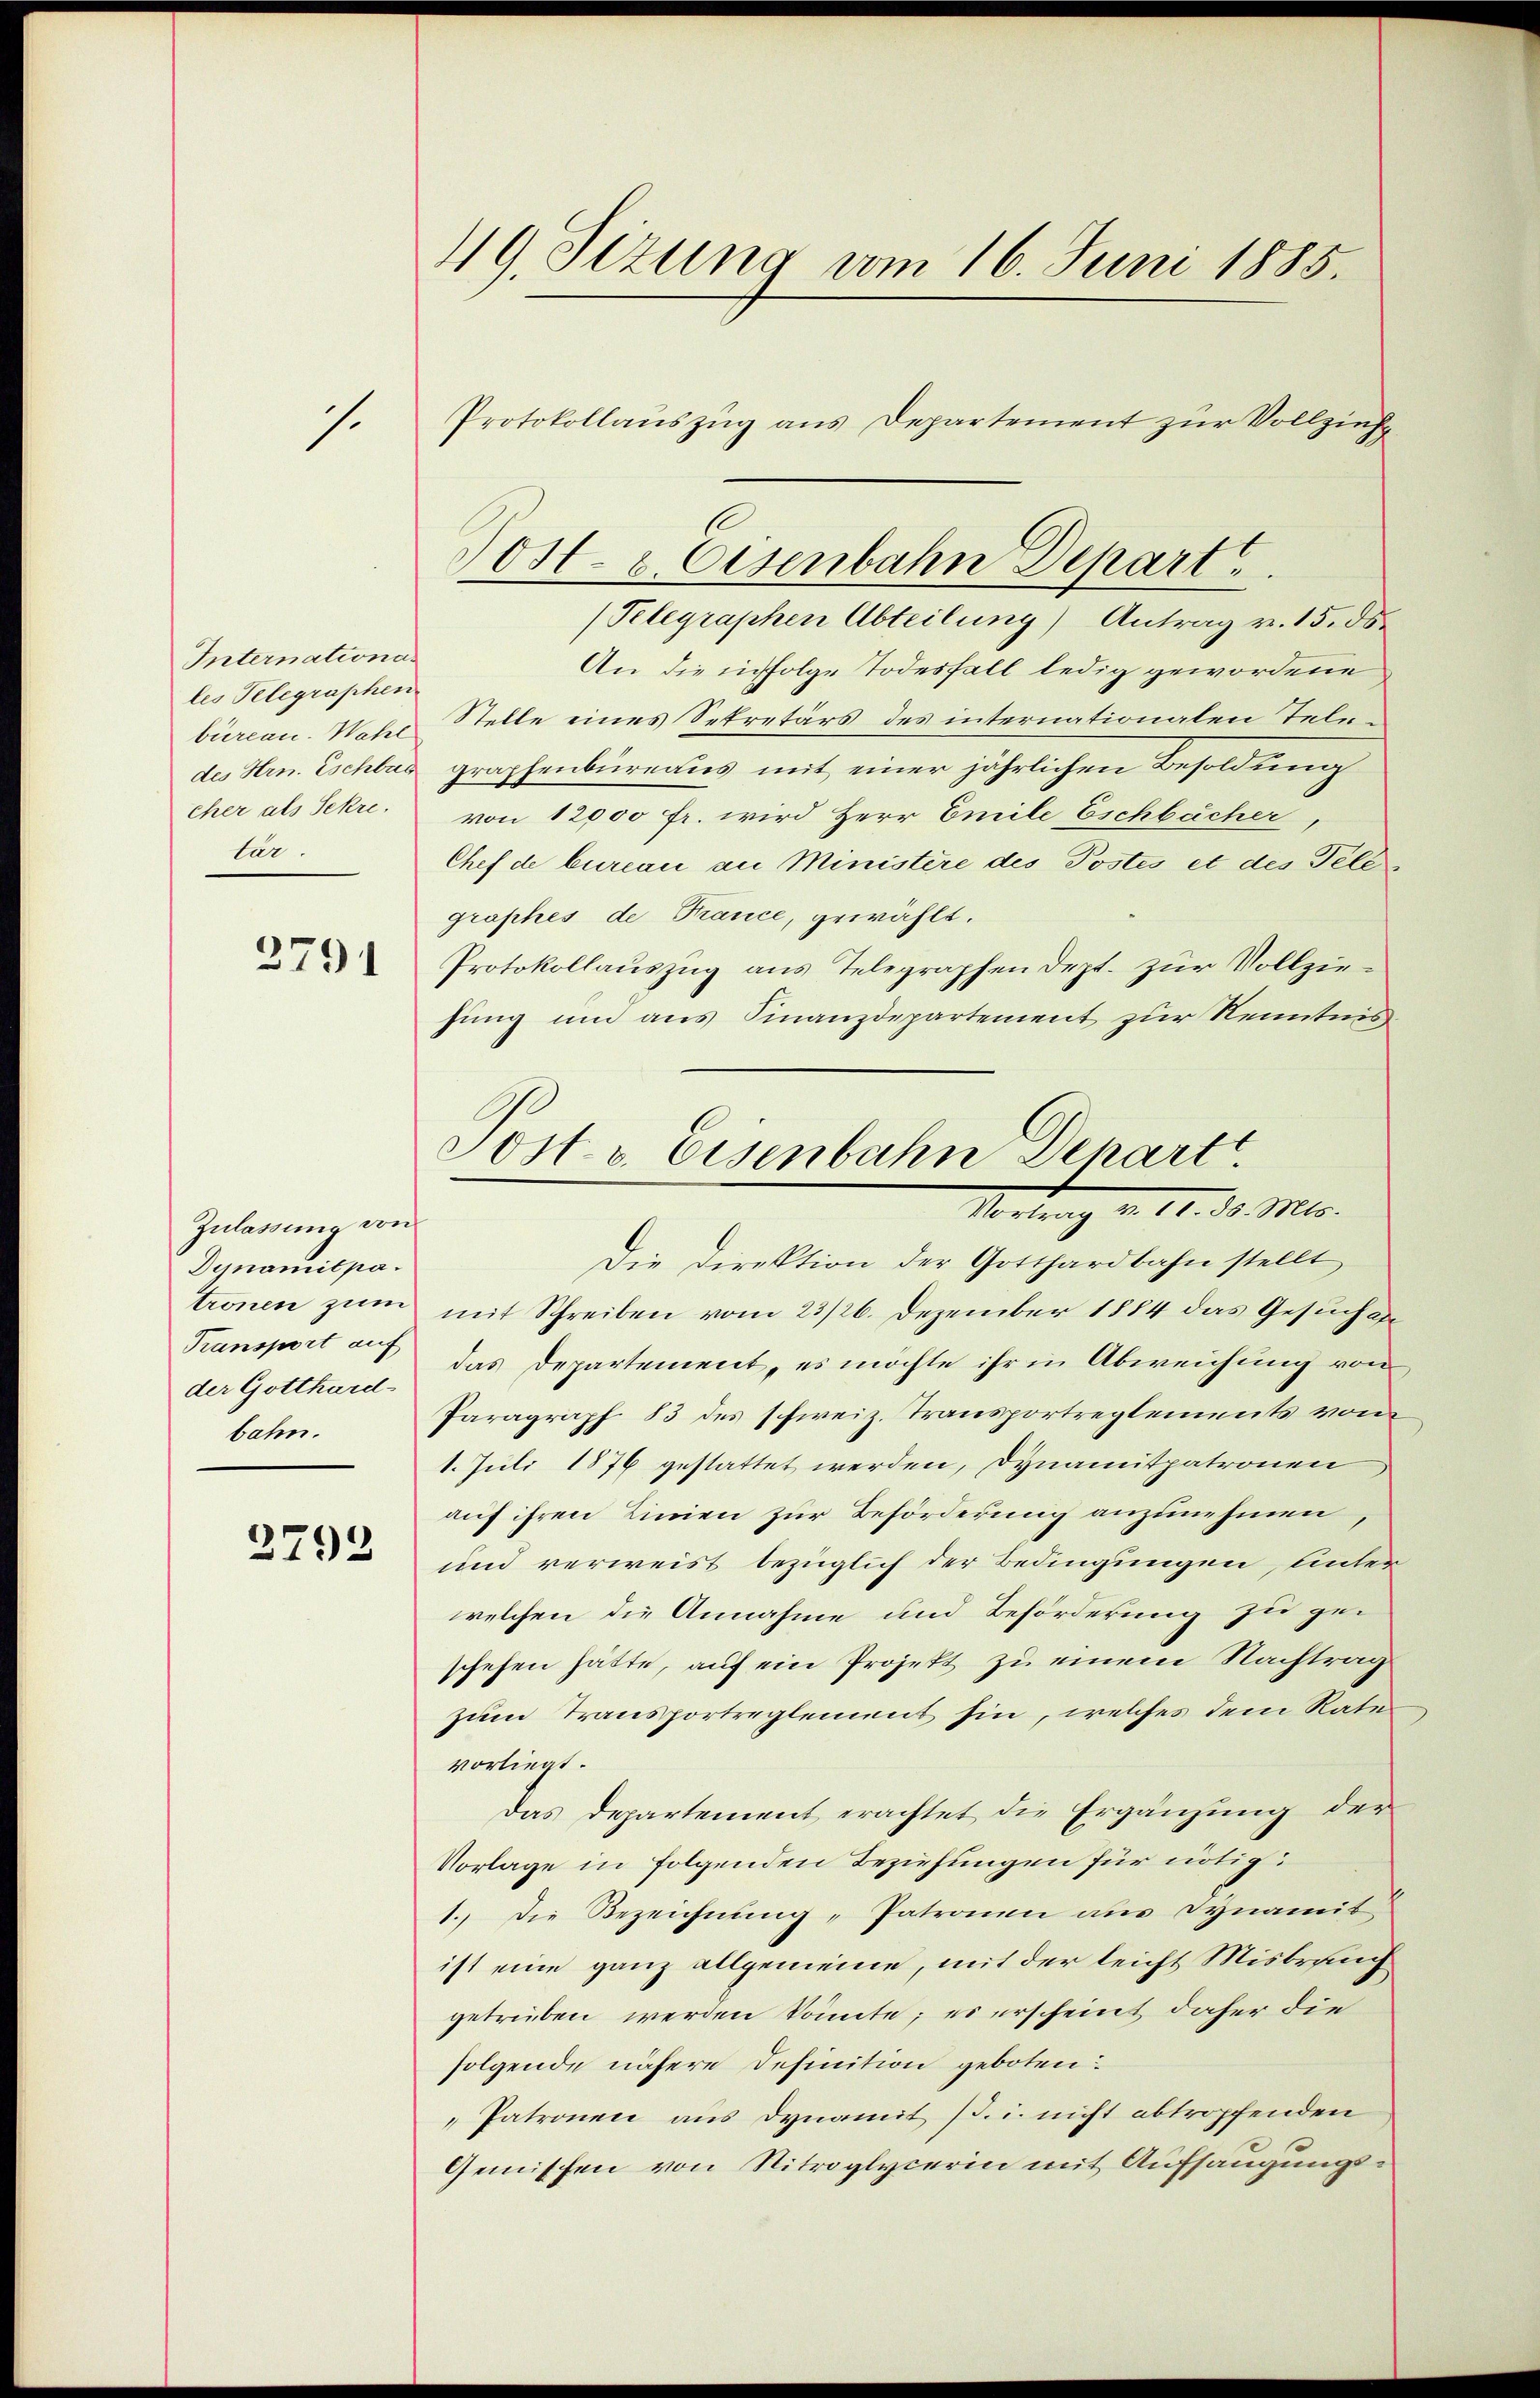
s.

Internationales Telegraphen
cher als Sekre
tär.

3791

Zulassung von
Dynamitpa.
der Gotthard-
bahn.

2793

419. Sizung vom 16. Juni 1885.
Protokollauszug aus Departement zur Vollziehe

(Pelegraphen Abteilung) Antrag v. 15. ds.
An die infolge Todesfall ledig gewordene
büreau-Wals Stelle eines Sekretärs des internationalen Teledes Hrn. Eschbar graphenbureaus mit einer jährlichen Besoldung
von 12000 fr. wird Herr Emile Eschbächer
Chef de bureau an Ministère des Postes et des Telegraphes de France, gewählt.
Protokollauszug aus Telegraphen dept. zur Vollziesung um aus Finanzdepartement zur Kenntnis
Sost. v. Eisenbahn Depart.

ost- & Eisenbahn Depart

Vortrag v. 12. d. Mts.

Die Direktion der Gotthardbahn stellt
tronen zŭm mit Schreiben vom 23/26. Dezember 1884 das Gesŭchape
Transport auf das Departement, es möchte ihr in Abweichung von
Paragraph 83 des schweiz. Transportreglements von
1. Juli 1876 gestattet werden, Dynamitpatronen
auf ihren Linien zur Beförderung anzunehmen,
und verweist bezüglich der Bedingungen, unter
welchen die Annahme und Beförderung zu geschehen hätte, auf ein Projekt zu einem Nachtrag
zum Transportreglement sin, welches dem Rate
vorliegt.
Das Departement erachtet die Ergänzung der
Vorlage in folgenden Beziehungen für nötig
1. Die Bezeichnung, Patronen aus Dynamit
ist eine ganz allgemeine, mit der leicht Misbrung
getrieben werden könnte; es erscheint daher die
folgende nähere Definition geboten
Patronen aus dynamit 13. u. nicht abtropfenden
Gemischen von Nitroglycerin mit Aufsangungs¬